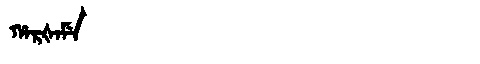
Manchu: ᡥᠠᡵᡧᠠᠮᡝ
Romanization: HARŠAME